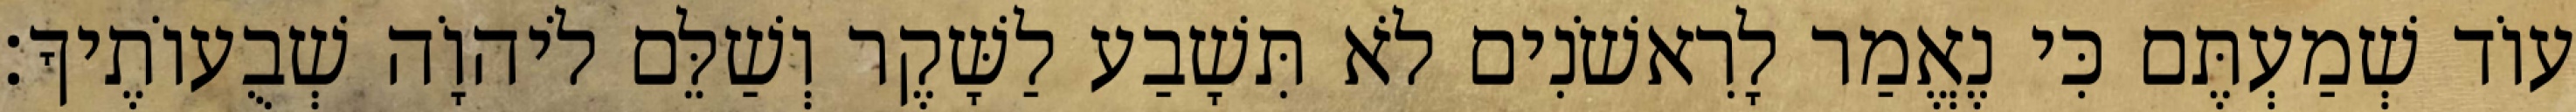
עוֹד שְׁמַעְתֶּם כִּי נֶאֱמַר לָרִאשֹׁנִים לֹא תִּשָׁבַע לַשָּׁקֶר וְשַׁלֵּם לֹיהוָֹה שְׁבֻעוֹתֶיךָ׃